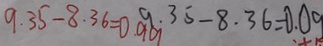
9 . 3 5 - 8 . 3 6 = 0 . 9 9 9 . 3 5 - 8 . 3 6 = 0 . 0 9